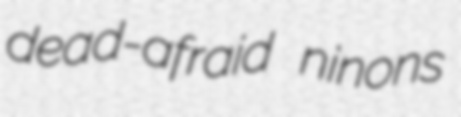
dead-afraid ninons